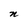
Character: n